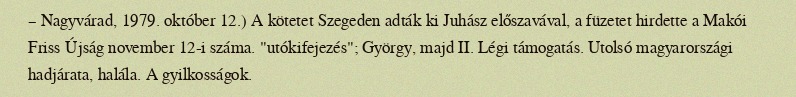
– Nagyvárad, 1979. október 12.) A kötetet Szegeden adták ki Juhász előszavával, a füzetet hirdette a Makói Friss Újság november 12-i száma. "utókifejezés"; György, majd II. Légi támogatás. Utolsó magyarországi hadjárata, halála. A gyilkosságok.